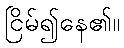
ငြိမ်၍နေ၏။